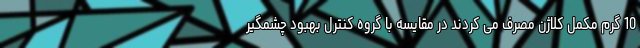
10 گرم مکمل کلاژن مصرف می کردند در مقایسه با گروه کنترل بهبود چشمگیر